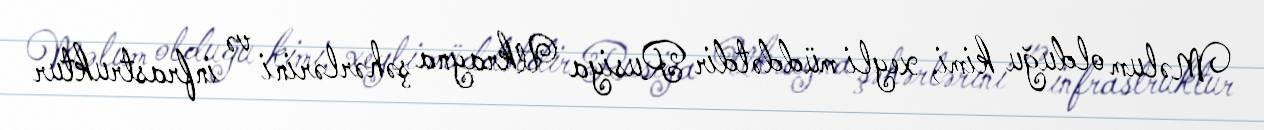
Məlum olduğu kimi, xeyli müddətdir Rusiya Ukrayna şəhərlərini və infrastruktur